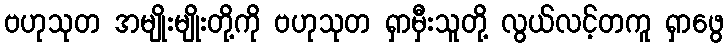
ဗဟုသုတ အမျိုးမျိုးတို့ကို ဗဟုသုတ ရှာမှီးသူတို့ လွယ်လင့်တကူ ရှာဖွေ